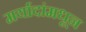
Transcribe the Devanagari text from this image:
मर्यादांमधून